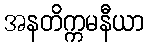
အနတိက္ကမနီယာ